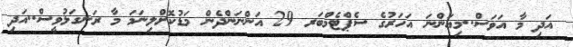
އަދި މާ އަވަސް..މިއަންނަ އަހަރުގެ ސެޕްޓެމްބަރ 29 އަންނަންދެން މަޑުކޮށްލިނަމަ މާ ރަނގަޅުވީސް..އަދި